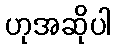
ဟုအဆိုပါ